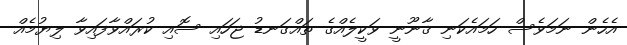
އެހެން ނަމަވެސް ހަމައެކަނި ޤާނޫނީ ވަކީލެއްގެ ތައްގަނޑު ޖަހައި ސޮއި ކުރައްވާފައިވާ ލިޔުމެއް